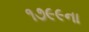
૧૭૯૯ના